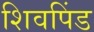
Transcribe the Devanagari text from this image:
शिवपिंड